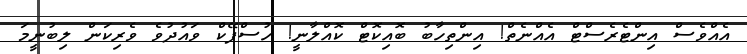
އެއްވެސް އިންޓެރެސްޓް އެއްނެތް! އިންތިހާބު ބޮއިކޮޓް ކޮއްލާނީ! ހުސްފޭކް ވައުދުވެ ވެރިކަން ލިބުނީމަ